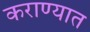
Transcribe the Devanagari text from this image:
कराण्यात